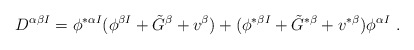
\begin{align*}D^{\alpha \beta I} = \phi ^{* \alpha I} ( \phi^{ \beta I} + \tilde {G}^\beta+ v^\beta) + (\phi ^{* \beta I} + \tilde {G}^{* \beta} + v^{*\beta}) \phi ^{ \alpha I}\ .\end{align*}